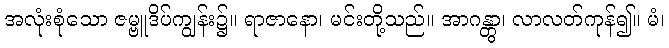
အလုံးစုံသော ဇမ္ဗူဒိပ်ကျွန်း၌။ ရာဇာနော၊ မင်းတို့သည်။ အာဂန္တွာ၊ လာလတ်ကုန်၍။ မံ၊